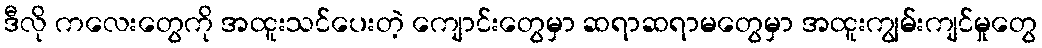
ဒီလို ကလေးတွေကို အထူးသင်ပေးတဲ့ ကျောင်းတွေမှာ ဆရာဆရာမတွေမှာ အထူးကျွမ်းကျင်မှုတွေ